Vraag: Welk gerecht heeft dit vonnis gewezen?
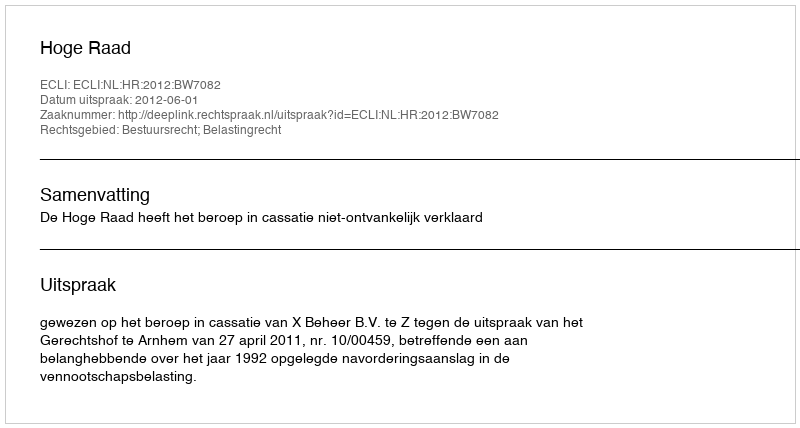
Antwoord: Hoge Raad